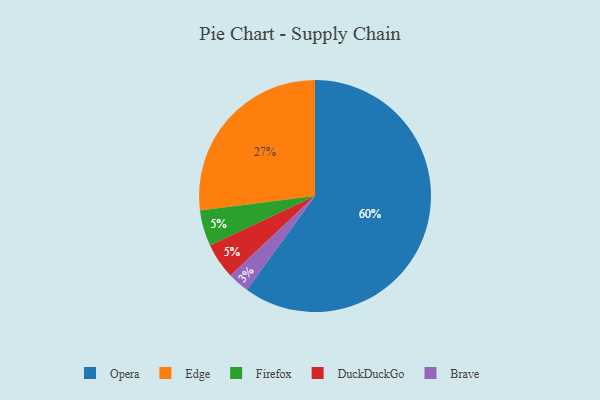
{"axis": {"x": "Category", "y": "Percentage"}, "legend": ["Brave", "DuckDuckGo", "Edge", "Firefox", "Opera"], "data": [{"x": "Opera", "y": 60, "type": "Opera"}, {"x": "Brave", "y": 3, "type": "Brave"}, {"x": "Firefox", "y": 5, "type": "Firefox"}, {"x": "DuckDuckGo", "y": 5, "type": "DuckDuckGo"}, {"x": "Edge", "y": 27, "type": "Edge"}]}